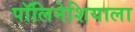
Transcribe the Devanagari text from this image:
पॉलिनेशियाला